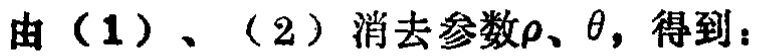
由（1）、（2）消去参数\(\rho\)、\(\theta\)，得到：